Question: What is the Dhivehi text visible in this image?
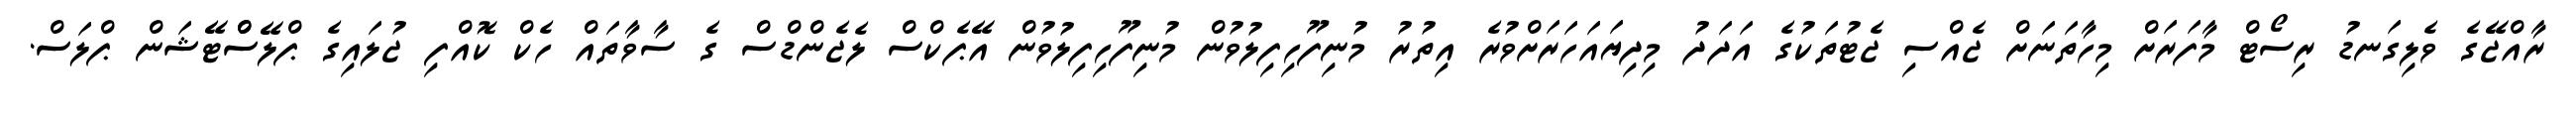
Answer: ރާއްޖޭގެ ވެލިގަނޑު ރިސޯޓް މާފަރަށް މިހާތަނަށް ޖެއްސި ޖެޓުތަކުގެ އަދަދު މިދިޔައަހަރަށްވުރެ އިތުރު މުނިފޫހިފިލުވުން މުނިފޫހިފިލުވުން އޭޕެކްސް ލެޖެންޑްސް ގެ ސާވާތައް ހެކް ކޮއްފި ޖުލައިގެ ޕްލޭސްްޓޭޝަން ޕްލަސް.